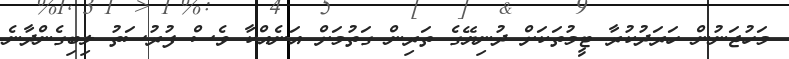
މަހުޖަނުން ހަރަދުކުރާ ޓީމުތަކަށް ދުނިޔޭގެ ތަރިން ގަތުމަށް އަނެއްކާ ވެސް ފުރުސަތު ލިބިގެންދާނެ